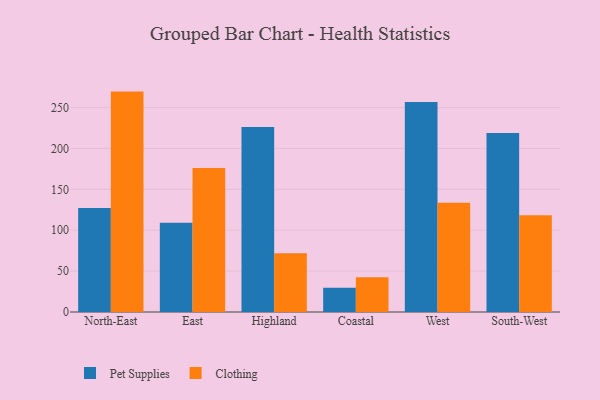
{"axis": {"x": "Region", "y": "Net Income (USD K)"}, "legend": ["Clothing", "Pet Supplies"], "data": [{"x": "North-East", "y": 127.2, "type": "Pet Supplies"}, {"x": "North-East", "y": 269.5, "type": "Clothing"}, {"x": "East", "y": 109.1, "type": "Pet Supplies"}, {"x": "East", "y": 176.2, "type": "Clothing"}, {"x": "Highland", "y": 226.1, "type": "Pet Supplies"}, {"x": "Highland", "y": 71.8, "type": "Clothing"}, {"x": "Coastal", "y": 29.5, "type": "Pet Supplies"}, {"x": "Coastal", "y": 42.5, "type": "Clothing"}, {"x": "West", "y": 256.7, "type": "Pet Supplies"}, {"x": "West", "y": 133.6, "type": "Clothing"}, {"x": "South-West", "y": 218.8, "type": "Pet Supplies"}, {"x": "South-West", "y": 118.3, "type": "Clothing"}]}